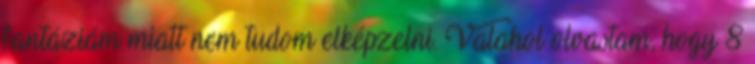
fantáziám miatt nem tudom elképzelni. Valahol olvastam, hogy 8